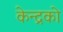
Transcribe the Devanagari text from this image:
केन्द्रको